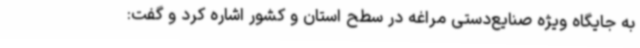
به جایگاه ویژه صنایع‌دستی مراغه در سطح استان و کشور اشاره کرد و گفت: